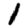
Digit: 1